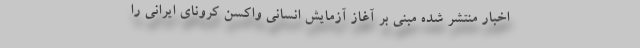
اخبار منتشر شده مبنی بر آغاز آزمایش انسانی واکسن کرونای ایرانی را